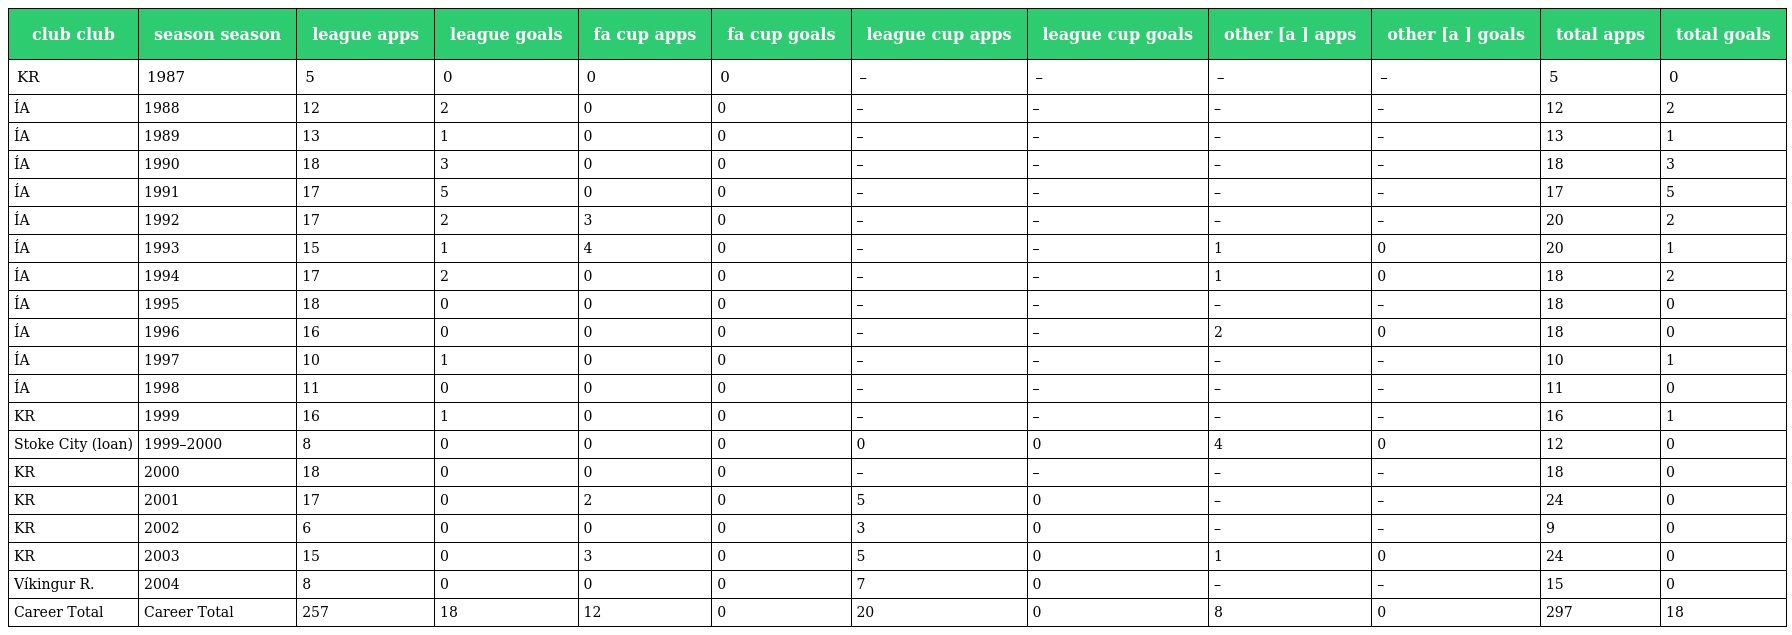
| club club | season season | league apps | league goals | fa cup apps | fa cup goals | league cup apps | league cup goals | other [a ] apps | other [a ] goals | total apps | total goals |
 | --- | --- | --- | --- | --- | --- | --- | --- | --- | --- | --- | --- |
 | KR | 1987 | 5 | 0 | 0 | 0 | – | – | – | – | 5 | 0 |
 | ÍA | 1988 | 12 | 2 | 0 | 0 | – | – | – | – | 12 | 2 |
 | ÍA | 1989 | 13 | 1 | 0 | 0 | – | – | – | – | 13 | 1 |
 | ÍA | 1990 | 18 | 3 | 0 | 0 | – | – | – | – | 18 | 3 |
 | ÍA | 1991 | 17 | 5 | 0 | 0 | – | – | – | – | 17 | 5 |
 | ÍA | 1992 | 17 | 2 | 3 | 0 | – | – | – | – | 20 | 2 |
 | ÍA | 1993 | 15 | 1 | 4 | 0 | – | – | 1 | 0 | 20 | 1 |
 | ÍA | 1994 | 17 | 2 | 0 | 0 | – | – | 1 | 0 | 18 | 2 |
 | ÍA | 1995 | 18 | 0 | 0 | 0 | – | – | – | – | 18 | 0 |
 | ÍA | 1996 | 16 | 0 | 0 | 0 | – | – | 2 | 0 | 18 | 0 |
 | ÍA | 1997 | 10 | 1 | 0 | 0 | – | – | – | – | 10 | 1 |
 | ÍA | 1998 | 11 | 0 | 0 | 0 | – | – | – | – | 11 | 0 |
 | KR | 1999 | 16 | 1 | 0 | 0 | – | – | – | – | 16 | 1 |
 | Stoke City (loan) | 1999–2000 | 8 | 0 | 0 | 0 | 0 | 0 | 4 | 0 | 12 | 0 |
 | KR | 2000 | 18 | 0 | 0 | 0 | – | – | – | – | 18 | 0 |
 | KR | 2001 | 17 | 0 | 2 | 0 | 5 | 0 | – | – | 24 | 0 |
 | KR | 2002 | 6 | 0 | 0 | 0 | 3 | 0 | – | – | 9 | 0 |
 | KR | 2003 | 15 | 0 | 3 | 0 | 5 | 0 | 1 | 0 | 24 | 0 |
 | Víkingur R. | 2004 | 8 | 0 | 0 | 0 | 7 | 0 | – | – | 15 | 0 |
 | Career Total | Career Total | 257 | 18 | 12 | 0 | 20 | 0 | 8 | 0 | 297 | 18 |